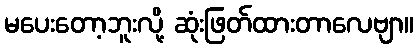
မပေးတော့ဘူးလို့ ဆုံးဖြတ်ထားတာလေဗျာ။